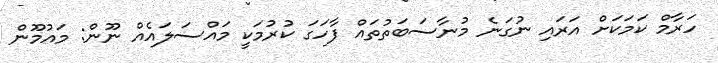
ހަރާމް ކަމަކަށް އަރައި ނުގަނެ މުނާސަބަތުތައް ފާހަގަ ކުރުމަކީ މައްސަލައެއް ނޫން: މައުމޫން